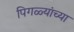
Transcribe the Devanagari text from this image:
पिगळ्यांच्या